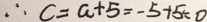
\therefore c = a + 5 = - 5 + 5 = 0